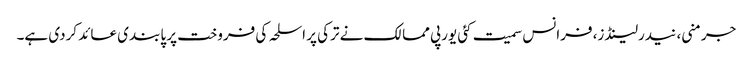
جرمنی، نیدرلینڈز، فرانس سمیت کئی یورپی ممالک نے ترکی پر اسلحہ کی فروخت پر پابندی عائد کردی ہے۔